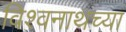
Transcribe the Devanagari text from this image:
विश्वनाथच्या